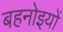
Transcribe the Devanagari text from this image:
बहनोइयों